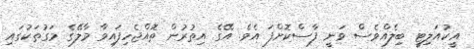
އީކުއަލިޓީ ބިލެއްވެސް ވަނީ ފާސްކޮށްފަ އެވެ. އޭގެ އިތުރުން ތޮއްޖެހިފައިވާ މާލޭގެ މަގުތަކުގައި